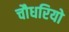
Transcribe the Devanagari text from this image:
चौधरियो